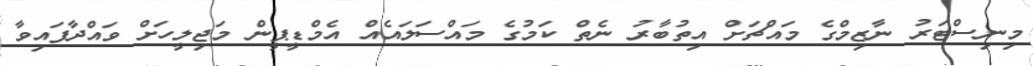
މިނިސްޓަރު ނާޒިމްގެ މައްޗަށް އިތުބާރު ނެތް ކަމުގެ މައްސަލައެއް އެމްޑީޕީން މަޖިލީހަށް ވައްދާފައިވާ